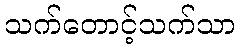
သက်တောင့်သက်သာ